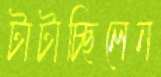
টাটাচ্ছিলেন